Calcutta medical institutions reports 1892-1900
Year: 1892
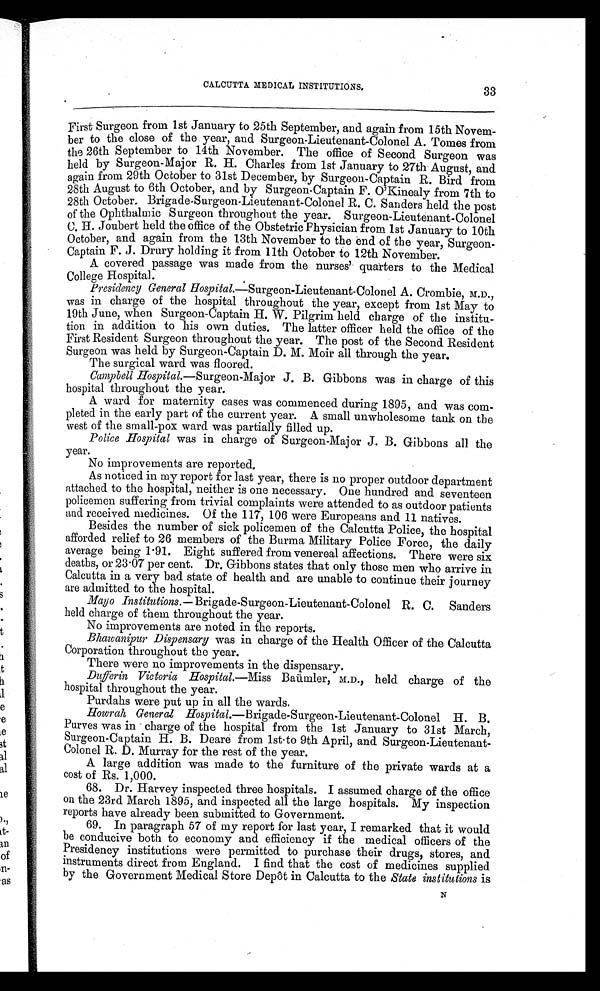
33
CALCUTTA MEDICAL INSTITUTIONS.
First Surgeon from 1st January to 25th September, and again from 15th Novem
-ber to the close of the year, and Surgeon-Lieutenant-Colonel A. Tomes from
the 26th September to 14th November. The office of Second Surgeon was
held by Surgeon-Major R. H. Charles from 1st January to 27th August, and
again from 29th October to 31st December, by Surgeon-Captain R. Bird from
28th August to 6th October, and by Surgeon-Captain F. O'Kinealy from 7th to
28th October. Brigade-Surgeon-Lieutenant-Colonel R. C. Sanders held the post
of the Ophthalmic Surgeon throughout the year. Surgeon-Lieutenant-Colonel
C. H. J o u b e r t h e l d t h e o f f i c e o f t h e O b s t e t r i c P h y s i c i a n f r o m 1 s t J a n u a r y t o 1 0 t h
October, and again from the 13th November to the end of the year, Surgeon-
Captain F. J. Drury holding it from 11th October to 12th November.
A covered passage was made from the nurses' quarters to the Medical
College Hospital.
Presidency General Hospital.—Surgeon-Lieutenant-Colonel A. Crombie, M.D.,
was in charge of the hospital throughout the year, except from 1st May to
19th June, when Surgeon-Captain H. W. Pilgrim held charge of the institu-
tion in addition to his own duties. The latter officer held the office of the
First Resident Surgeon throughout the year. The post of the Second Resident
Surgeon was held by Surgeon-Captain D. M. Moir all through the year.
The surgical ward was floored.
Campbell Hospital.—Surgeon-Major J. B. Gibbons was in charge of this
hospital throughout the year.
A ward for maternity cases was commenced during 1895, and was com-
pleted in the early part of the current year. A small unwholesome tank on the
west of the small-pox ward was partially filled up.
Police Hospital was in charge of Surgeon-Major J. B. Gibbons all the
year.
No improvements are reported.
As noticed in my report for last year, there is no proper outdoor department
attached to the hospital, neither is one necessary. Oue hundred and seventeen
policemen suffering from trivial complaints were attended to as outdoor patients
and received medicines. Of the 117, 106 were Europeans and 11 natives.
Besides the number of sick policemen of the Calcutta Police, the hospital
afforded relief to 26 members of the Burma Military Police Force, the daily
average being 1 . 91. Eight suffered from venereal affections. There were six
deaths, or 23.07 per cent. Dr. Gibbons states that only those men who arrive in
Calcutta in a very bad state of health and are unable to continue their journey
are admitted to the hospital.
Mayo Institutions.— Brigade-Surgeon-Lieutenant-Colonel R. C. Sanders
held charge of them throughout the year.
No improvements are noted in the reports.
Bhawanipur Dispensary was in charge of the Health Officer of the Calcutta
Corporation throughout the year.
There were no improvements in the dispensary.
Dufferin Victoria Hospital.— I
Baümler, M.D., held charge of the
hospital throughout the year.
Purdahs were put up in all the wards.
Howrah General Hospital.— Brigade-Surgeon-Lieutenant-Colonel H. B.
Purves was in charge of the hospital from the 1st January to 31st March,
Surgeon-Captain H. B. Deare from lst. to 9th April, and Surgeon-Lieutenant-
Colonel R. D. Murray for the rest of the year.
A large addition was made to the furniture of the private wards at a
cost of Rs. 1,000.
68. Dr. Harvey inspected three hospitals. I assumed charge of the office
on the 23rd March 1895, and inspected all the large hospitals. My inspection
reports have already been submitted to Government.
69. In paragraph 57 of my report for last year, I remarked that it would
be conducive both to economy and efficiency if the medical officers of the
Presidency institutions were permitted to purchase their drugs, stores, and
instruments direct from England. I find that the cost of medicines supplied
by the Government Medical Store Depôt in Calcutta to the State institutions is